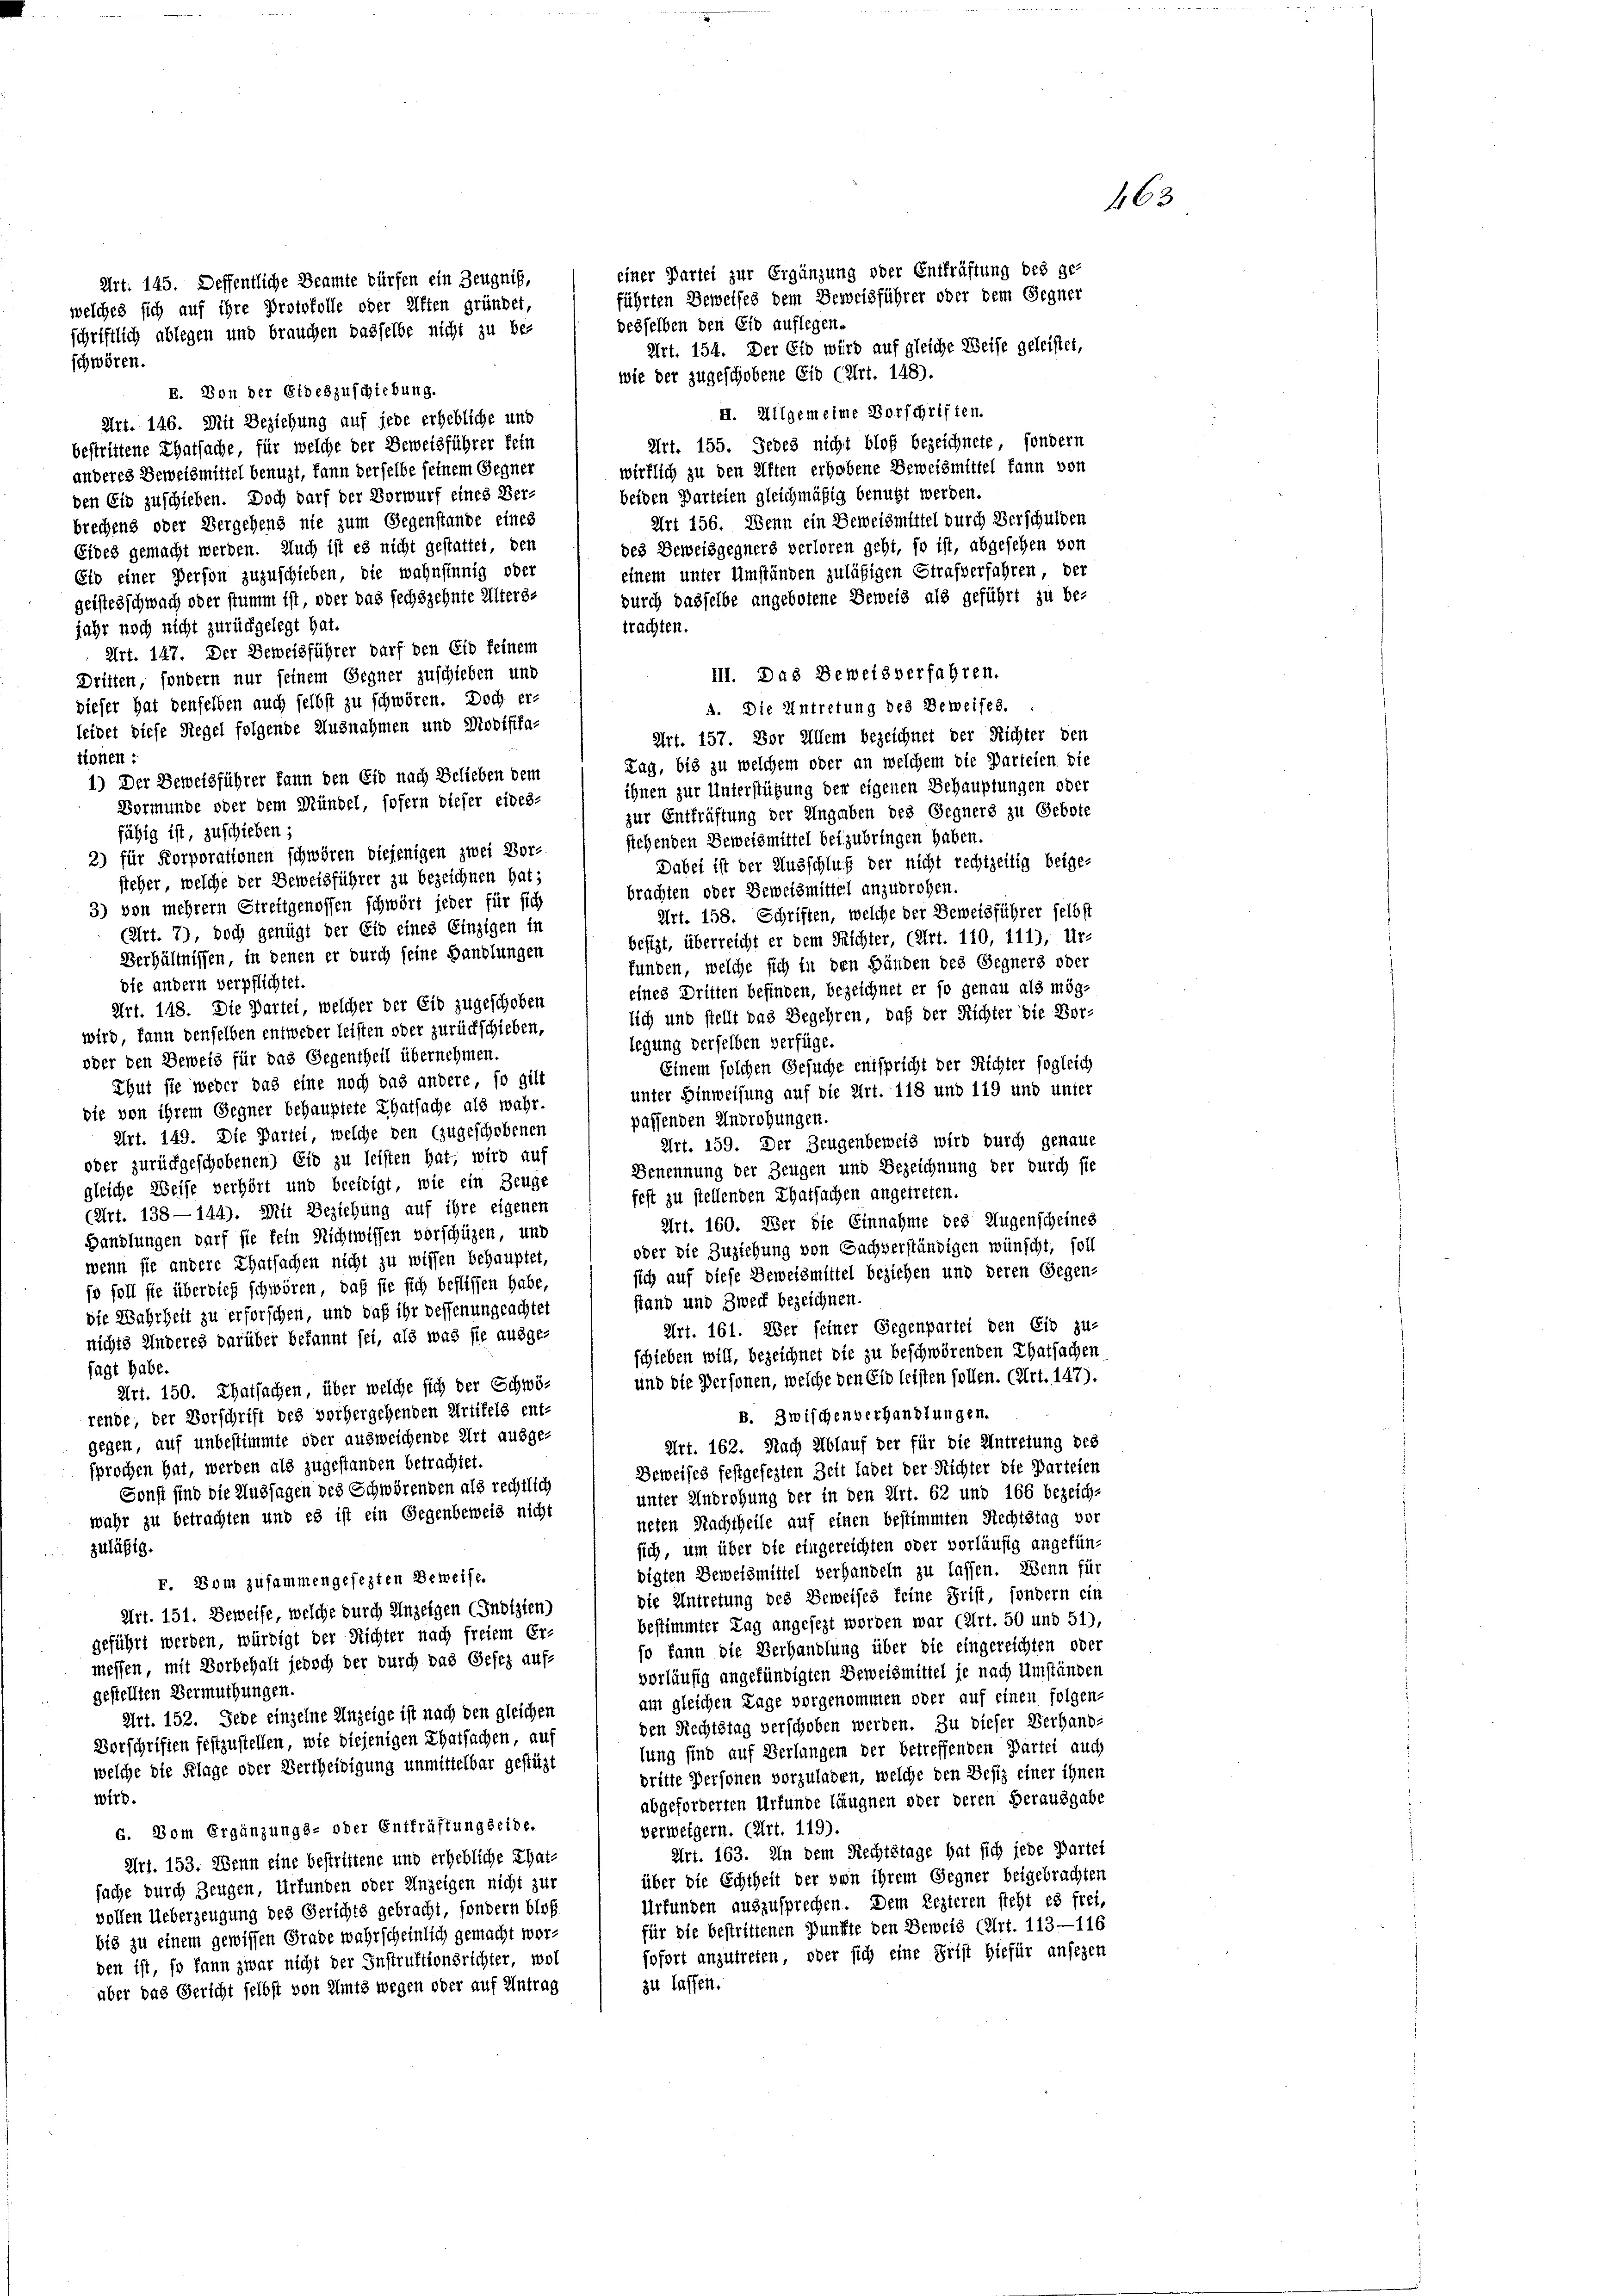
wie der zugeschobene Eid (Art. 148).
E. Von der Eideszuschiebung.
H. Allgemeine Vorschriften.
Art. 146. Mit Beziehung auf jede erhebliche und
Art. 155. Jedes nicht bloß bezeichnete, sondern
bestrittene Thatsache, für welche der Beweisführer fein
wirklich zu den Aften erhobene Beweismittel kann von
anderes Beweismittel benuzt, kann derselbe seinem Gegner
beiden Parteien gleichmäßig benutzt werden.
den Eid zuschieben. Doch darf der Vorwurf eines Ver-
Art 156. Wenn ein Beweismittel durch Verschulden
brechend oder Vergehens nie zum Gegenstande eines
des Beweisgegners verloren geht, so ist, abgesehen von
Eides gemacht werden. Auch ist es nicht gestattet, den
einem unter Umständen zuläßigen Strafverfahren, der
Eid einer Person zuzuschieben, die wahnsinnig oder
durch dasselbe angebotene Beweis als geführt zu be-
geistesschwach oder stumm ist oder das sechszehnte Altersjahr noch nicht zurückgelegt hat.
trachten.
Art. 147. Der Beweisführer darf den Eid keinem
III. Das Beweisverfahren.
Dritten, sondern nur seinem Gegner zuschieben und
dieser hat denselben auch selbst zu schwören. Doch er-
A. Die Antretung des Beweises.
leidet diese Regel folgende Ausnahmen und Modifika-
Art. 157. Vor Allem bezeichnet der Richter den
tionen
Lag, bis zu welchem oder an welchem die Parteien die
ihnen zur Unterstützung der eigenen Behauptungen oder
zur Entfrüftung der Angaben des Gegners zu Gebote
fähig ist, zu schieben;
stehenden Beweismittel beizubringen haben.
2) für Korporationen schwören diejenigen zwei Vor-
Dabei ist der Ausschluß der nicht rechtzeitig beige-
steher, welche der Beweisführer zu bezeichnen hat;
brachten oder Beweismittel anzuproben.
3) von mehrern Streitgenossen schwört jeder für sich
Art. 158. Schriften, welche der Beweisführer selbst
(Art. 7), doch genügt der Eid eines Einzigen in
besizt, überreicht er dem Fichter, (Art. 110, 111), Ur-
Verhältnissen, in denen er durch seine Handlungen
funden, welche sich in den Händen des Gegners oder
die andern verpflichtet.
eines Dritten befinden, bezeichnet er so genau als mög-
Art. 148. Die Partei, welcher der Eid zugeschoben
lich und stellt das Begehren, daß der Richter die Vor-
wird, kann denselben entweder leisten oder zurückschieben,
legung derselben verfüge.
oder den Beweis für das Gegentheil übernehmen.
Einem solchen Gesuche entspricht der Richter sogleich
Thut sie weder das eine noch das andere, so gilt
unter Hinweisung auf die Art. 118 und 119 und unter
die von ihrem Gegner behauptete Thatsache als wahr.
passenden Androhungen.
Art. 149. Die Partei, welche den (zugeschobenen
Art. 159. Der Zeugenbeweis wird durch genaue
oder zurückgeschobenen) Eid zu leisten hat, wird auf
Benennung der Zeugen und Bezeichnung der durch sie
gleiche Weise verhört und beeidigt, wie ein Zeuge
fest zu stellenden Thatsachen angetreten.
(Art. 138—144). Mit Beziehung auf ihre eigenen
Art. 160. Wer die Einnahme des Augenscheines
Handlungen darf sie fein Richtwissen vorschüzen, und
oder die Zuziehung von Sachverständigen wünscht, soll
wenn sie andere Thatsachen nicht zu wissen behauptet,
sich auf diese Beweismittel beziehen und deren Gegen-
so soll sie überdieß schwören, daß sie sich beflissen habe.
stand und Zweck bezeichnen.
die Wahrheit zu erforschen, und daß ihr dessenungeachtet
Art. 161. Wer feiner Gegenpartei den Eid zu-
nichts Anderes darüber bekannt sei, als was sie ausge-
schieben will, bezeichnet die zu beschwörenden Thatsachen
sagt habe.
und die Personen, welche den Eid leisten sollen. (Art. 147).
Art. 150. Thatsachen über welche sich der Schwö-
B. Zwischenverhandlungen.
rende der Vorschrift des vorhergehenden Artikels ent-
gegen, auf unbestimmte oder ausweichende Art ausge-
Art. 162. Nach Ablauf der für die Antretung des
sprochen hat, werden als zugestanden betrachtet.
Beweises festgesezten Zeit ladet der Richter die Parteien
Sonst sind die Aussagen des Schwörenden als rechtlich
unter Androhung der in den Art. 62 und 166 bezeich-
wahr zu betrachten und es ist ein Gegenbeweis nicht
neten Nachtheile auf einen bestimmten Rechtstag vor
sich, um über die eingereichten oder vorläufig angefün-
zuläßig.
digten Beweismittel verhandeln zu lassen. Wenn für
F. Dom zusammengesezten Beweise.
die Antretung des Beweises keine Frist, sondern ein
Art. 151. Beweise, welche durch Anzeigen (Indizien)
bestimmter Tag angesezt worden war (Art. 50 und 51)
geführt werden, würdigt der Richter nach freiem Er-
jo kann die Verhandlung über die eingereichten oder
messen, mit Vorbehalt jedoch der durch das Gesez aufvorläufig angefündigten Beweismittel je nach Umständen
gestellten Vermuthungen.
am gleichen Tage vorgenommen oder auf einen folgen-
Art. 152. Jede einzelne Anzeige ist nach den gleichen
den Rechtstag verschoben werden. Zu dieser Verhand-
Vorschriften festzustellen, wie diejenigen Thatsachen, auf
lung sind auf Verlangen der betreffenden Partei auch
welche die Klage oder Bertheidigung unmittelbar gestüzt
dritte Personen vorzuladen, welche den Besiz einer ihnen
wird.
abgeforderten Urfunde läugnen oder deren Herausgabe
s. Dom Ergänzungs- oder Entkräftungseide.
verweigern. (Art. 119).
Art. 163. In dem Rechtstage hat sich jede Partei
Art. 153. Wenn eine bestrittene und erhebliche That-
über die Echtheit der von ihrem Gegner beigebrachten
sache durch Zeugen, Urkunden oder Unzeigen nicht zur
Urfunden auszusprechen. Dem Lezteren steht es frei,
vollen Ueberzeugung des Gerichts gebracht, sondern bloß
für die bestrittenen Punkte den Beweis (Art. 113—116
bis zu einem gewissen Grade wahrscheinlich gemacht worsofort anzutreten, oder sich eine Frist hiefür ansezen
den ist, so kann zwar nicht der Instruktionsrichter, wol
zu lassen.
aber das Gericht selbst von Amts wegen oder auf Antrag

Art. 145. Deffentliche Beamte dürfen ein Zeugniß,
welches sich auf ihre Protokolle oder Elften gründet,
schriftlich ablegen und brauchen dasselbe nicht zu be-
schwören.

1) Der Beweisführer kann den Eid nach Belieben dem
Vormunde oder dem Mündel, sofern dieser eides-

einer Partei zur Ergänzung oder Entfräftung des ge-
führten Beweises dem Beweisführer oder dem Gegner
desselben den Eid auflegen.
Art. 154. Der Eid wird auf gleiche Weise geleistet,

463